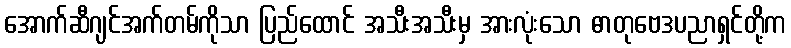
အောက်ဆီဂျင်အက်တမ်ကိုသာ ပြည်ထောင် အသီးအသီးမှ အားလုံးသော ဓာတုဗေဒပညာရှင်တို့က